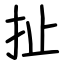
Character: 扯